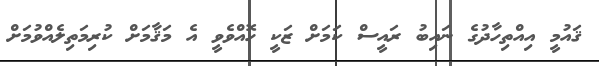
ޤައުމީ އިއްތިހާދުގެ ނައިބު ރައީސް ކަމަށް ޒަކީ ހޮއްވެވީ އެ މަޤާމަށް ކުރިމަތިލެއްވުމަށް